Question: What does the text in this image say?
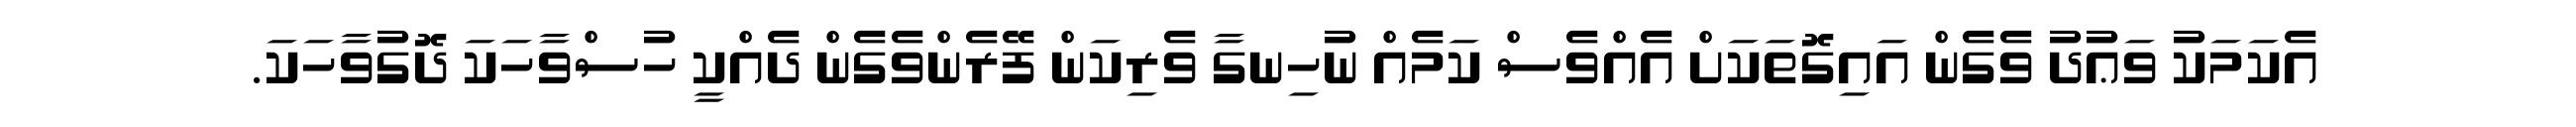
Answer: އެކަމަކު ވަޢުދު ވެގެން އައިގޮތަކަށް އެއްވެސް ކަމެއް ނުހިނގާ ވެރިކަން ފޭރެންވެގެން ދެއްކީ ހުސްވާހަކަ ދޮގުވާހަކަ.